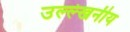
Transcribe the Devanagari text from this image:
उल्‍ल्‍ेखनीय